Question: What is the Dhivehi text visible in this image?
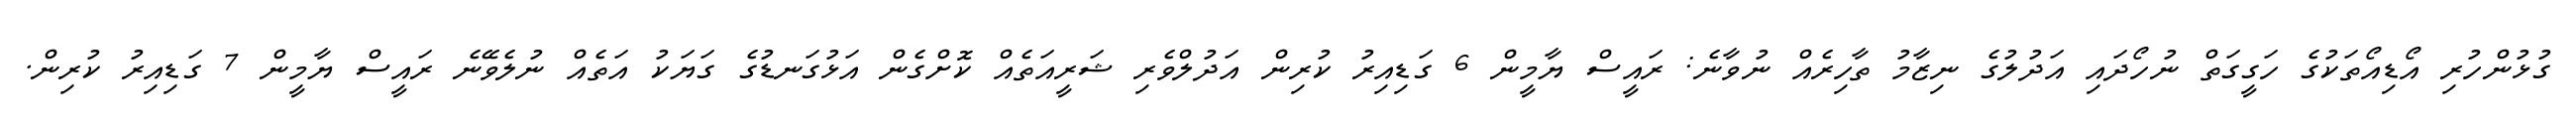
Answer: ގުޅުންހުރި އޯޑިއޯތަކުގެ ހަގީގަތް ނުހޯދައި އަދުލުގެ ނިޒާމު ތާހިރެއް ނުވާނެ: ރައީސް ޔާމީން 6 ގަޑިއިރު ކުރިން އަދުލްވެރި ޝަރީއަތެއް ކޮށްގެން އަޅުގަނޑުގެ ގަޔަކު އަތެއް ނުލެވޭނެ ރައީސް ޔާމީން 7 ގަޑިއިރު ކުރިން.